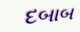
દબાબ